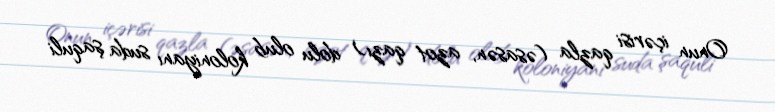
Onun içərisi qazla (əsasən, azot qazı) dolu olub koloniyanı suda şaquli